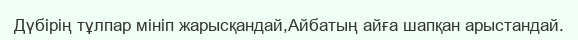
Дүбірің тұлпар мініп жарысқандай,Айбатың айға шапқан арыстандай.